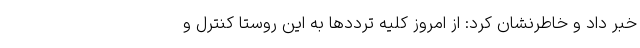
خبر داد و خاطرنشان کرد: از امروز کلیه ترددها به این روستا کنترل و